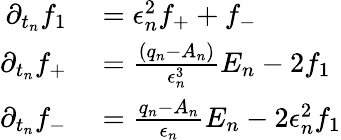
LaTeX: \begin{array}{rl}{\partial_{t_{n}}f_{1}}&{{}=\epsilon_{n}^{2}f_{+}+f_{-}}\\ {\partial_{t_{n}}f_{+}}&{{}=\frac{(q_{n}-A_{n})}{\epsilon_{n}^{3}}E_{n}-2f_{1}}\\ {\partial_{t_{n}}f_{-}}&{{}=\frac{q_{n}-A_{n}}{\epsilon_{n}}E_{n}-2\epsilon_{n}^{2}f_{1}}\end{array}